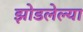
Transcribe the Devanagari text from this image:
झोडलेल्या